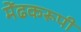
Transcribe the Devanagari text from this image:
मेंढकरूपी